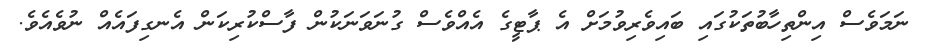
ނަމަވެސް އިންތިހާބުތަކުގައި ބައިވެރިވުމަށް އެ ޕާޓީގެ އެއްވެސް ގުނަވަނަކުން ފާސްކުރިކަން އެނގިފައެއް ނުވެއެވެ.